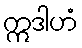
ဣဒါဟံ